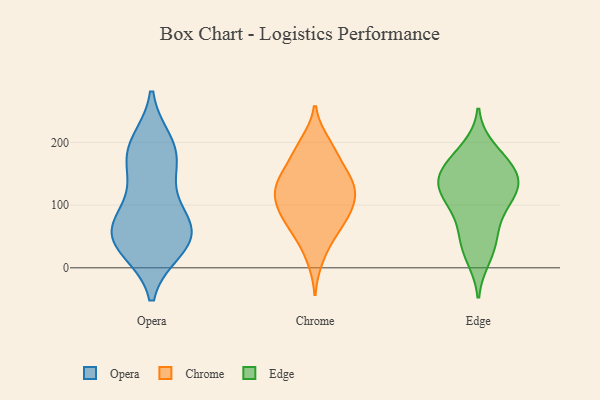
{"axis": {"x": "Active Users", "y": "Value"}, "legend": ["Chrome", "Edge", "Opera"], "data": [{"x": "", "y": 110, "type": "Opera"}, {"x": "", "y": 33, "type": "Opera"}, {"x": "", "y": 70, "type": "Opera"}, {"x": "", "y": 67, "type": "Opera"}, {"x": "", "y": 58, "type": "Opera"}, {"x": "", "y": 153, "type": "Opera"}, {"x": "", "y": 30, "type": "Opera"}, {"x": "", "y": 191, "type": "Opera"}, {"x": "", "y": 191, "type": "Opera"}, {"x": "", "y": 68, "type": "Opera"}, {"x": "", "y": 163, "type": "Opera"}, {"x": "", "y": 56, "type": "Opera"}, {"x": "", "y": 29, "type": "Opera"}, {"x": "", "y": 200, "type": "Opera"}, {"x": "", "y": 98, "type": "Chrome"}, {"x": "", "y": 152, "type": "Chrome"}, {"x": "", "y": 85, "type": "Chrome"}, {"x": "", "y": 185, "type": "Chrome"}, {"x": "", "y": 129, "type": "Chrome"}, {"x": "", "y": 152, "type": "Chrome"}, {"x": "", "y": 81, "type": "Chrome"}, {"x": "", "y": 134, "type": "Chrome"}, {"x": "", "y": 191, "type": "Chrome"}, {"x": "", "y": 138, "type": "Chrome"}, {"x": "", "y": 112, "type": "Chrome"}, {"x": "", "y": 80, "type": "Chrome"}, {"x": "", "y": 16, "type": "Chrome"}, {"x": "", "y": 125, "type": "Chrome"}, {"x": "", "y": 109, "type": "Chrome"}, {"x": "", "y": 49, "type": "Chrome"}, {"x": "", "y": 198, "type": "Chrome"}, {"x": "", "y": 58, "type": "Chrome"}, {"x": "", "y": 190, "type": "Edge"}, {"x": "", "y": 16, "type": "Edge"}, {"x": "", "y": 138, "type": "Edge"}, {"x": "", "y": 29, "type": "Edge"}, {"x": "", "y": 115, "type": "Edge"}, {"x": "", "y": 99, "type": "Edge"}, {"x": "", "y": 61, "type": "Edge"}, {"x": "", "y": 125, "type": "Edge"}, {"x": "", "y": 164, "type": "Edge"}, {"x": "", "y": 127, "type": "Edge"}, {"x": "", "y": 97, "type": "Edge"}, {"x": "", "y": 177, "type": "Edge"}, {"x": "", "y": 159, "type": "Edge"}, {"x": "", "y": 141, "type": "Edge"}, {"x": "", "y": 51, "type": "Edge"}, {"x": "", "y": 143, "type": "Edge"}]}